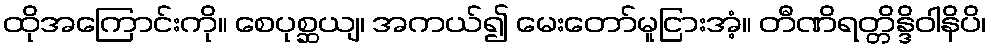
ထိုအကြောင်းကို။ စေပုစ္ဆယျ၊ အကယ်၍ မေးတော်မူငြားအံ့။ တီဏိရတ္တိန္ဒိဝါနိပိ၊